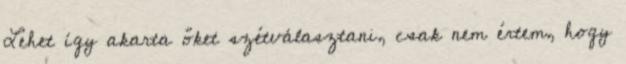
Lehet így akarta őket szétválasztani, csak nem értem, hogy